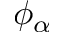
\phi _ { \alpha }